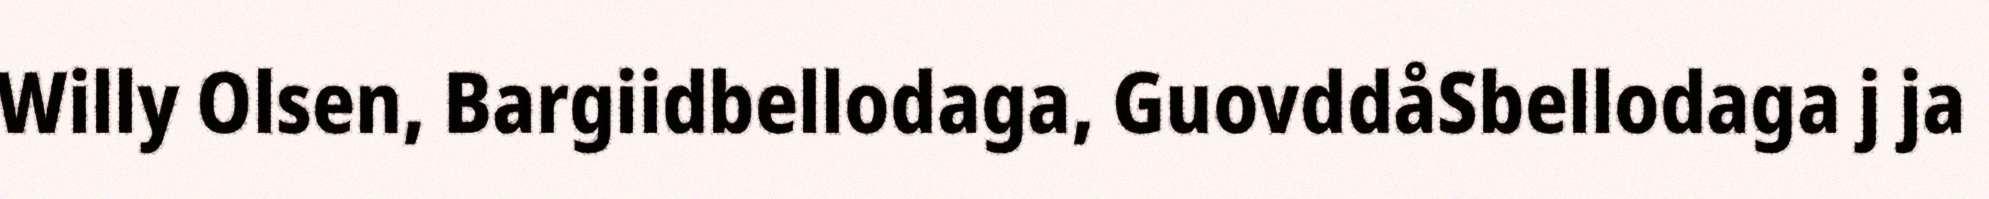
Willy Olsen, Bargiidbellodaga, GuovddåSbellodaga j ja